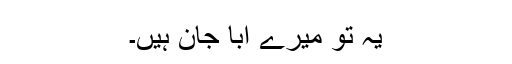
یہ تو میرے ابا جان ہیں۔